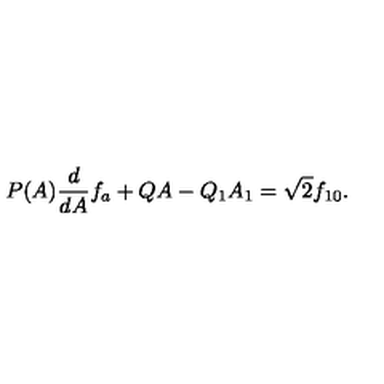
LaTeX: P ( A ) \frac { d } { d A } f _ { a } + Q A - Q _ { 1 } A _ { 1 } = \sqrt { 2 } f _ { 1 0 } .